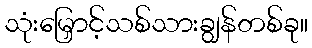
သုံးမြှောင့်သစ်သားချွန်တစ်ခု။